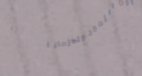
محل بيع الزهور والأزهار ا